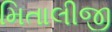
મિતાલીજી